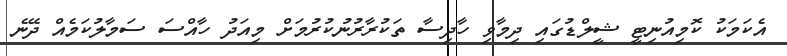
އެކަމަކު ކޮމިއުނިޓީ ޝީލްޑުގައި ދިމާވި ހާދިސާ ތަކުރާރުނުކުރުމަށް މިއަދު ހާއްސަ ސަމާލުކަމެއް ދޭނެ